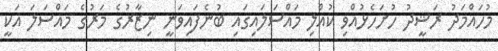
މުހައްމަދު ރަޝީދު ހުށަހެޅުއްވި ކުއްލި މައްސަލައިގައި ބުނެފައިވަނީ ނިޒާރުގެ މަރުގެ މައްސަލަ އަކީ